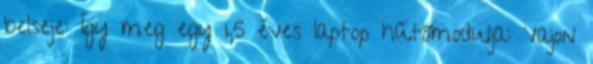
belseje: Így meg egy 1,5 éves laptop hűtőmodulja: Vajon